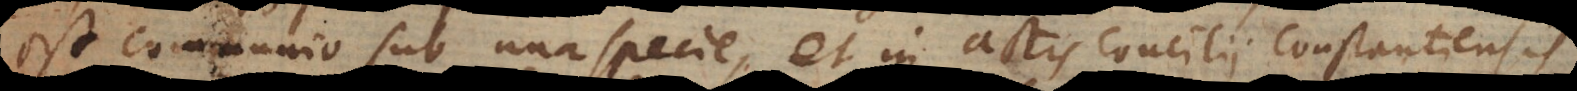
est communio sub una specie, et in actis Concilii Constantiensis